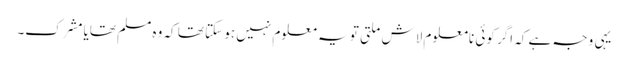
یہی وجہ ہے کہ اگر کوئی نامعلوم لاش ملتی تو یہ معلوم نہیں ہو سکتا تھا کہ وہ مسلم تھایا مشرک۔